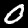
Digit: 0